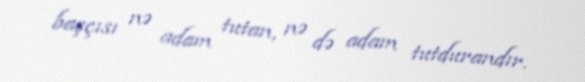
başçısı nə adam tutan, nə də adam tutdurandır.